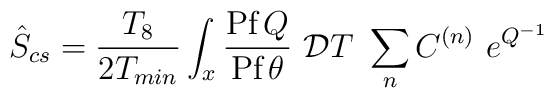
\hat{S}_{cs} = \frac{T_{8}}{2T_{min}}\int_x \frac{\hbox{Pf}\,Q}{\hbox{Pf}\, \theta} ~{\mathcal{D}}T~ \sum_n C^{(n)}~e^{Q^{-1}}